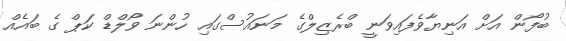
ބުފޯން އަށް އަނިޔާވެފައިވަނީ ބްރެޒިލްގެ މަނައުސްގައި ހުންނަ ވޯލްޑް ކަޕް ގެ ބައެއް